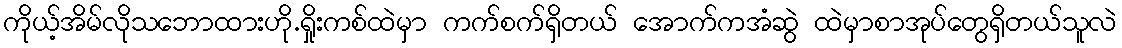
ကိုယ့်အိမ်လိုသဘောထားဟို.ရှိုးကစ်ထဲမှာ ကက်စက်ရှိတယ် အောက်ကအံဆွဲ ထဲမှာစာအုပ်တွေရှိတယ်သူလဲ